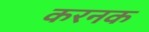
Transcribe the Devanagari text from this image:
करनक